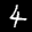
Label: 4